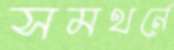
সমথর্নে